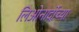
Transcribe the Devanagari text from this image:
लिओनार्दोच्या